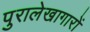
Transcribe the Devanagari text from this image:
पुरालेखागारों